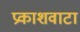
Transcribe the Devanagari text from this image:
प्रकाशवाटा